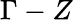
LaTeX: \Gamma-Z